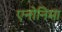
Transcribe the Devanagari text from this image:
एनोनिमा